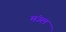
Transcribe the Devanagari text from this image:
मंउल